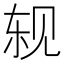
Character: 𬢈